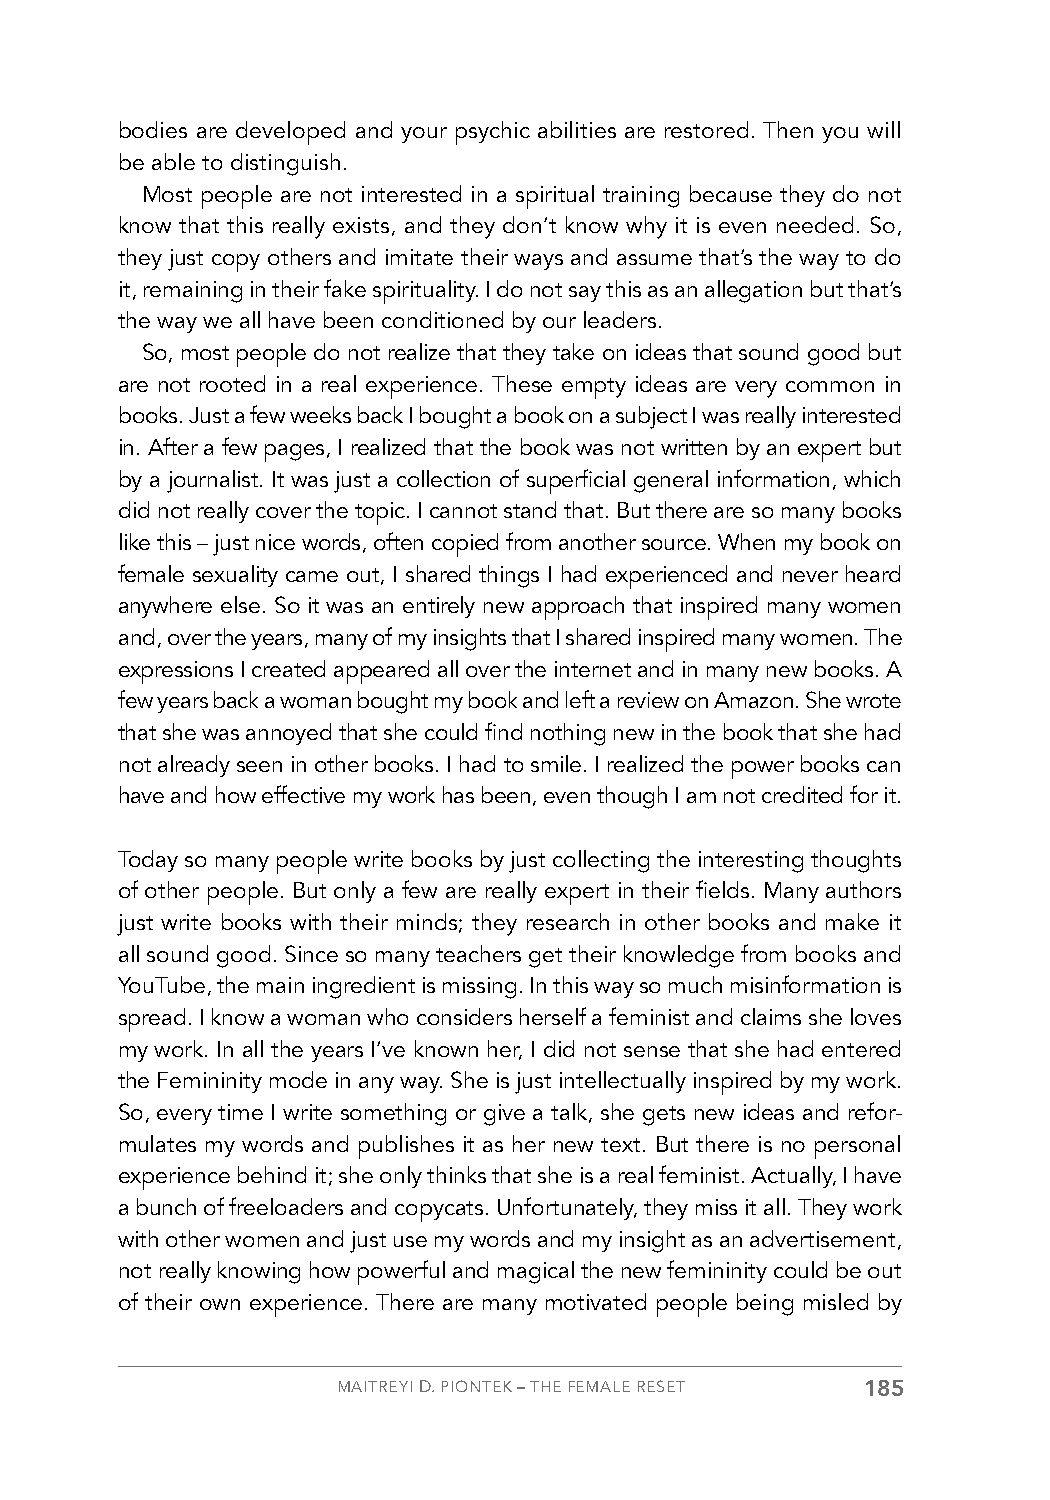
bodies are developed and your psychic abilities are restored. Then you will
 be able to distinguish.
 Most people are not interested in a spiritual training because they do not
 know that this really exists, and they don’t know why it is even needed. So,
 they just copy others and imitate their ways and assume that’s the way to do
 it, remaining in their fake spirituality. I do not say this as an allegation but that’s
 the way we all have been conditioned by our leaders.
 So, most people do not realize that they take on ideas that sound good but
 are not rooted in a real experience. These empty ideas are very common in
 books. Just a few weeks back I bought a book on a subject I was really interested
 in. After a few pages, I realized that the book was not written by an expert but
 by a journalist. It was just a collection of superficial general information, which
 did not really cover the topic. I cannot stand that. But there are so many books
 like this – just nice words, often copied from another source. When my book on
 female sexuality came out, I shared things I had experienced and never heard
 anywhere else. So it was an entirely new approach that inspired many women
 and, over the years, many of my insights that I shared inspired many women. The
 expressions I created appeared all over the internet and in many new books. A
 few years back a woman bought my book and left a review on Amazon. She wrote
 that she was annoyed that she could find nothing new in the book that she had
 not already seen in other books. I had to smile. I realized the power books can
 have and how effective my work has been, even though I am not credited for it.
 Today so many people write books by just collecting the interesting thoughts
 of other people. But only a few are really expert in their fields. Many authors
 just write books with their minds; they research in other books and make it
 all sound good. Since so many teachers get their knowledge from books and
 YouTube, the main ingredient is missing. In this way so much misinformation is
 spread. I know a woman who considers herself a feminist and claims she loves
 my work. In all the years I’ve known her, I did not sense that she had entered
 the Femininity mode in any way. She is just intellectually inspired by my work.
 So, every time I write something or give a talk, she gets new ideas and refor-
 mulates my words and publishes it as her new text. But there is no personal
 experience behind it; she only thinks that she is a real feminist. Actually, I have
 a bunch of freeloaders and copycats. Unfortunately, they miss it all. They work
 with other women and just use my words and my insight as an advertisement,
 not really knowing how powerful and magical the new femininity could be out
 of their own experience. There are many motivated people being misled by
 MAITREYI D. PIONTEK – THE FEMALE RESET 185